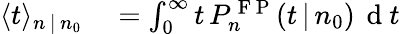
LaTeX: \begin{array}{rl}{\langle t\rangle_{n\, |\, n_{0}}}&{{}=\int_{0}^{\infty}t\, P_{n}^{\mathrm{~F~P~}}(t\, |\, n_{0})\, \mathrm{~d~}t}\end{array}